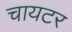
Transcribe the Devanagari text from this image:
चायटर